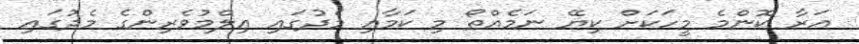
އަރާ ކޮންމެ މީހަކަށް ކިޔޭ ނަމެއްތޯ މި ކަމާއި މެދުގައި ޢިލްމުވެރިންގެ މެދުގައި